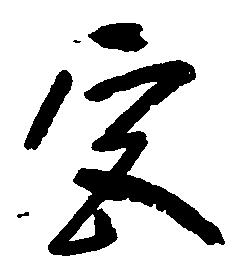
宮